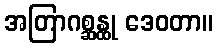
အတြာဂစ္ဆန္ထု ဒေဝတာ။